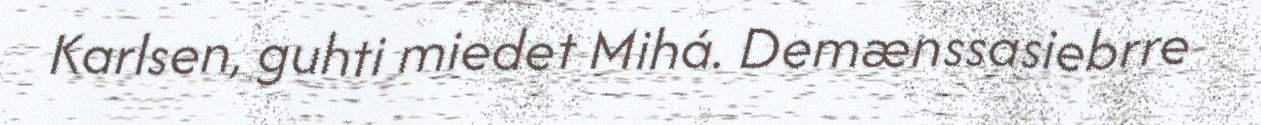
Karlsen, guhti miedet Mihá. Demænssasiebrre